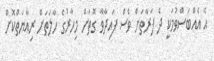
އެ އެއްބަސްވުމަކީ ދެ ފަރާތަށް ވެސް ފައިދާވާ ގޮތަށް މިހާރުގެ ހާލަތަށް ރިއާޔަތްކޮށް